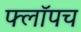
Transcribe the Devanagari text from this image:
फ्लॉपच